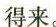
得来。